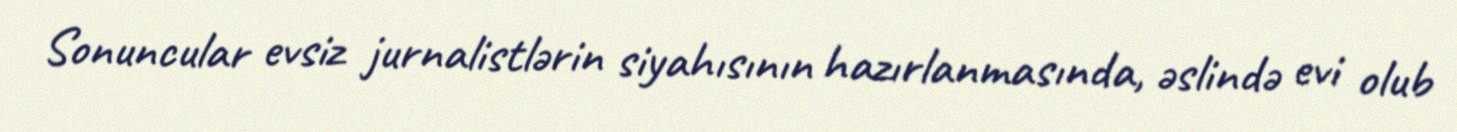
Sonuncular evsiz jurnalistlərin siyahısının hazırlanmasında, əslində evi olub